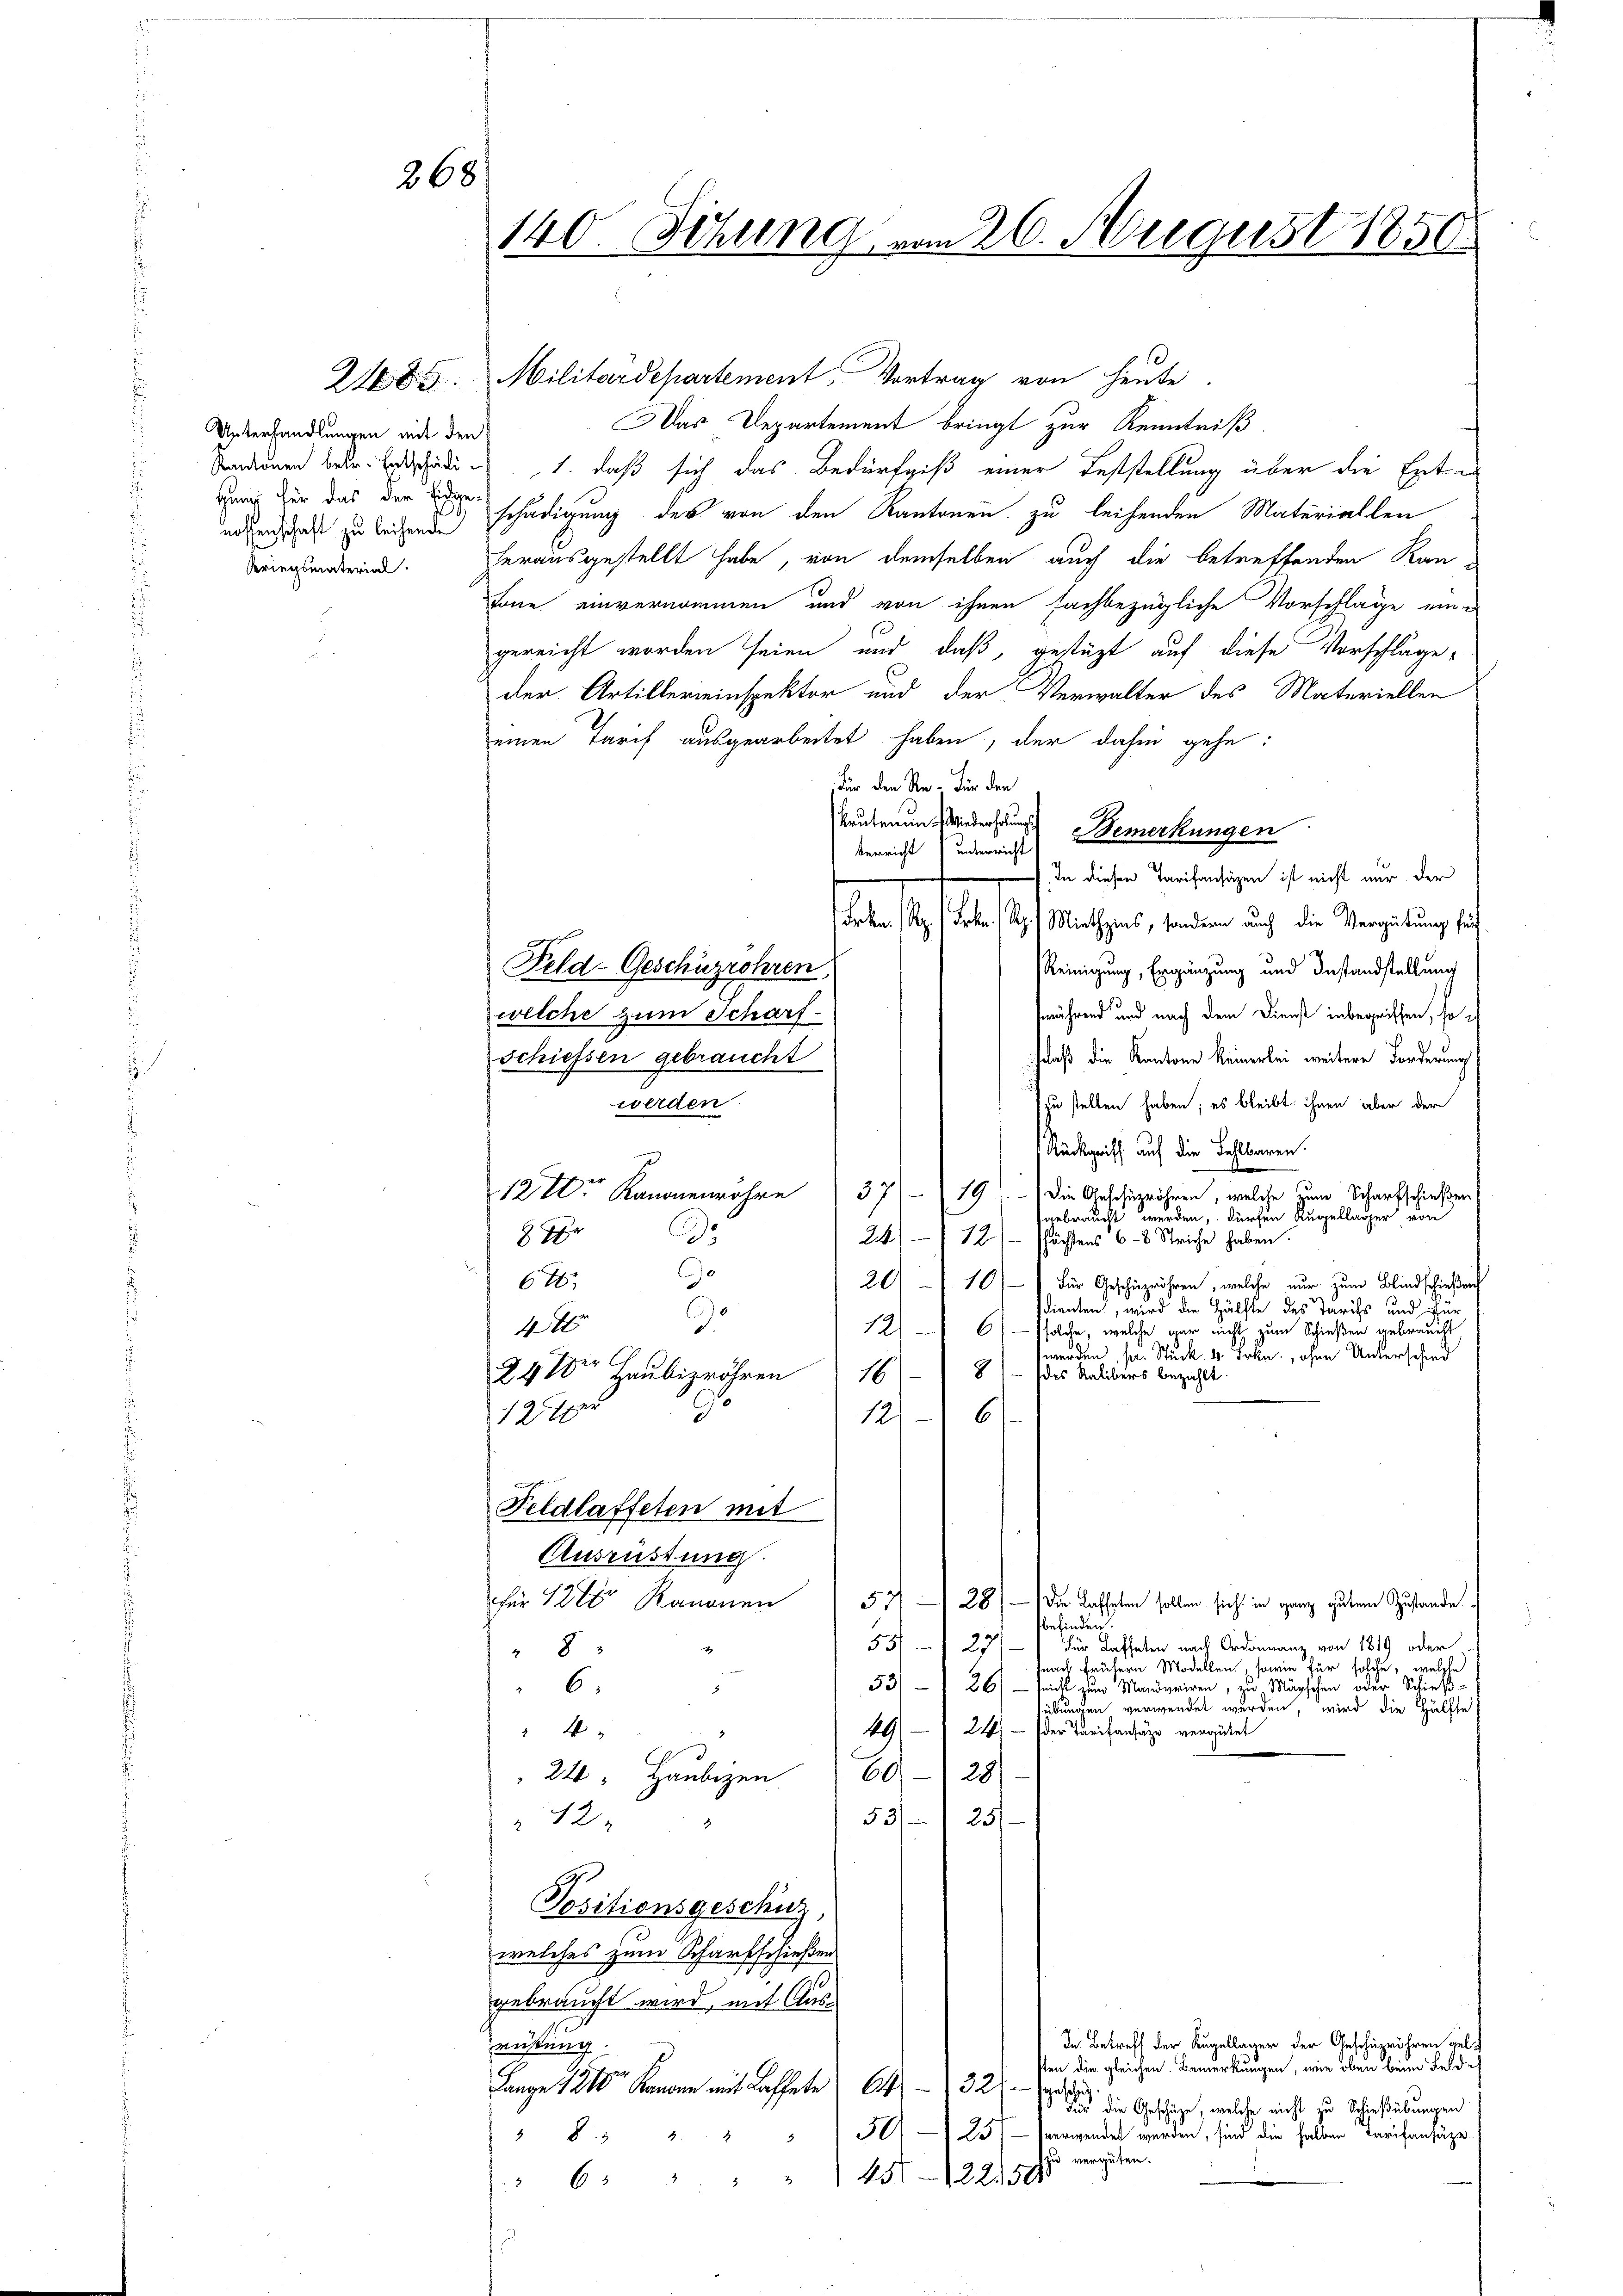
268

Unterhandlungen mit den
Hang für das der Eidgenossenschaft zu leihende
Kriegsmaterial

140. Sitzung vom 26. August 1850

2485. Militärdepartement Vortrag von heute.
Das Departement bringt zur Kenntniß.
Sondenen betr. Erschaden 1. daß sich das Bedürfniß einer Feststellung über die Ent-
schädigung des von den Kantonen zu leihenden Materiellen
herausgestellt habe, von demselben auch die betreffenden Kan-
Tone einvernommen und von ihnen fachbezügliche Vorschläge ein-
gereicht worden seien und daß, gestüzt auf diese Vorschläge-
der Artillereinspektor und der Verwalter des Materiellen
einen Tarif ausgearbeitet haben, der dahin gehe:
Für den Re- Für den
krutenen Wieder Bemerkungen
Verricht unterricht
In diesen Tarifansäzen ist nicht nur der
Frk. z. Frk. R./ Miethzins, sondern auch die Vergütung für
Feld-Geschüzrohren
Reinigung, Ergänzung und Instandstellung
swährend und nach dem Dienst inbegriffen, so
welche zum Scharfdaß die Kantone keinerlei weitere Forderung
Schiessen gebraucht
(zu stellen haben; es bleibt ihnen aber der
werden.
Rückgriff auf die Fehlbaren.
d
12 Kanonenröhre 37 (19) Die Geschärröhren, welche zum Scharfschießen
gebraucht werden, durchen Ruppellager von
Do

24) 12) Pfächtens 6 - 8 Striche haben.
e
676.
20) 10) Für Geschüzröhren, welche nur zum Blindschießen
sdienten, wird die Hälfte des Tarifs und für
0
4
12) - 6) solche, welche gar nicht zum Schießen gebraucht,
werden, pr. Stück 4 Frkn., ohne Unterschied
i C
24 der Haubigröhren 16 - 8) - des Soliders bezahlt.
0
124
6
12/
Feldlaffeten mit
Ausrüstung
für 12 Kanonen 5 - 28
Die Lasteten sollen sich in ganz gutem Zustande
befinden.
55/ 27/1 für Kaffeten nach Ordonnanz von 1819 oder
4
8
dnach frühern Modellen, sowie für solche, welche
53/ 20 - sicht zum einen einer einen zu Mägschen oder Schieß¬
6.
z
sübungen verwendet werden, wird die Hälfte
24) der Tarifansäze vergütet
 4
49
6928)
24 Haubizen
53) 25/
12
Positionsgeschuz,
welches zum Scharfschießen
gebraucht wird, mit Aus¬
In Betreff der Kugellager der Geschäzrähren gelrüstung.
sten die gleichen Bemerkungen, wie oben beim Feld¬
Lange 1810 kanone mit dassete 64. 32 die
Für die Geschäze, welche nicht zu Schießübungen
 501—25. verwendet werden, sind die halben Tarifansäze
 832. 2
zu vergüten.
" 6 " " " 1452250